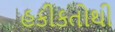
હકીકતોથી